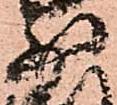
少